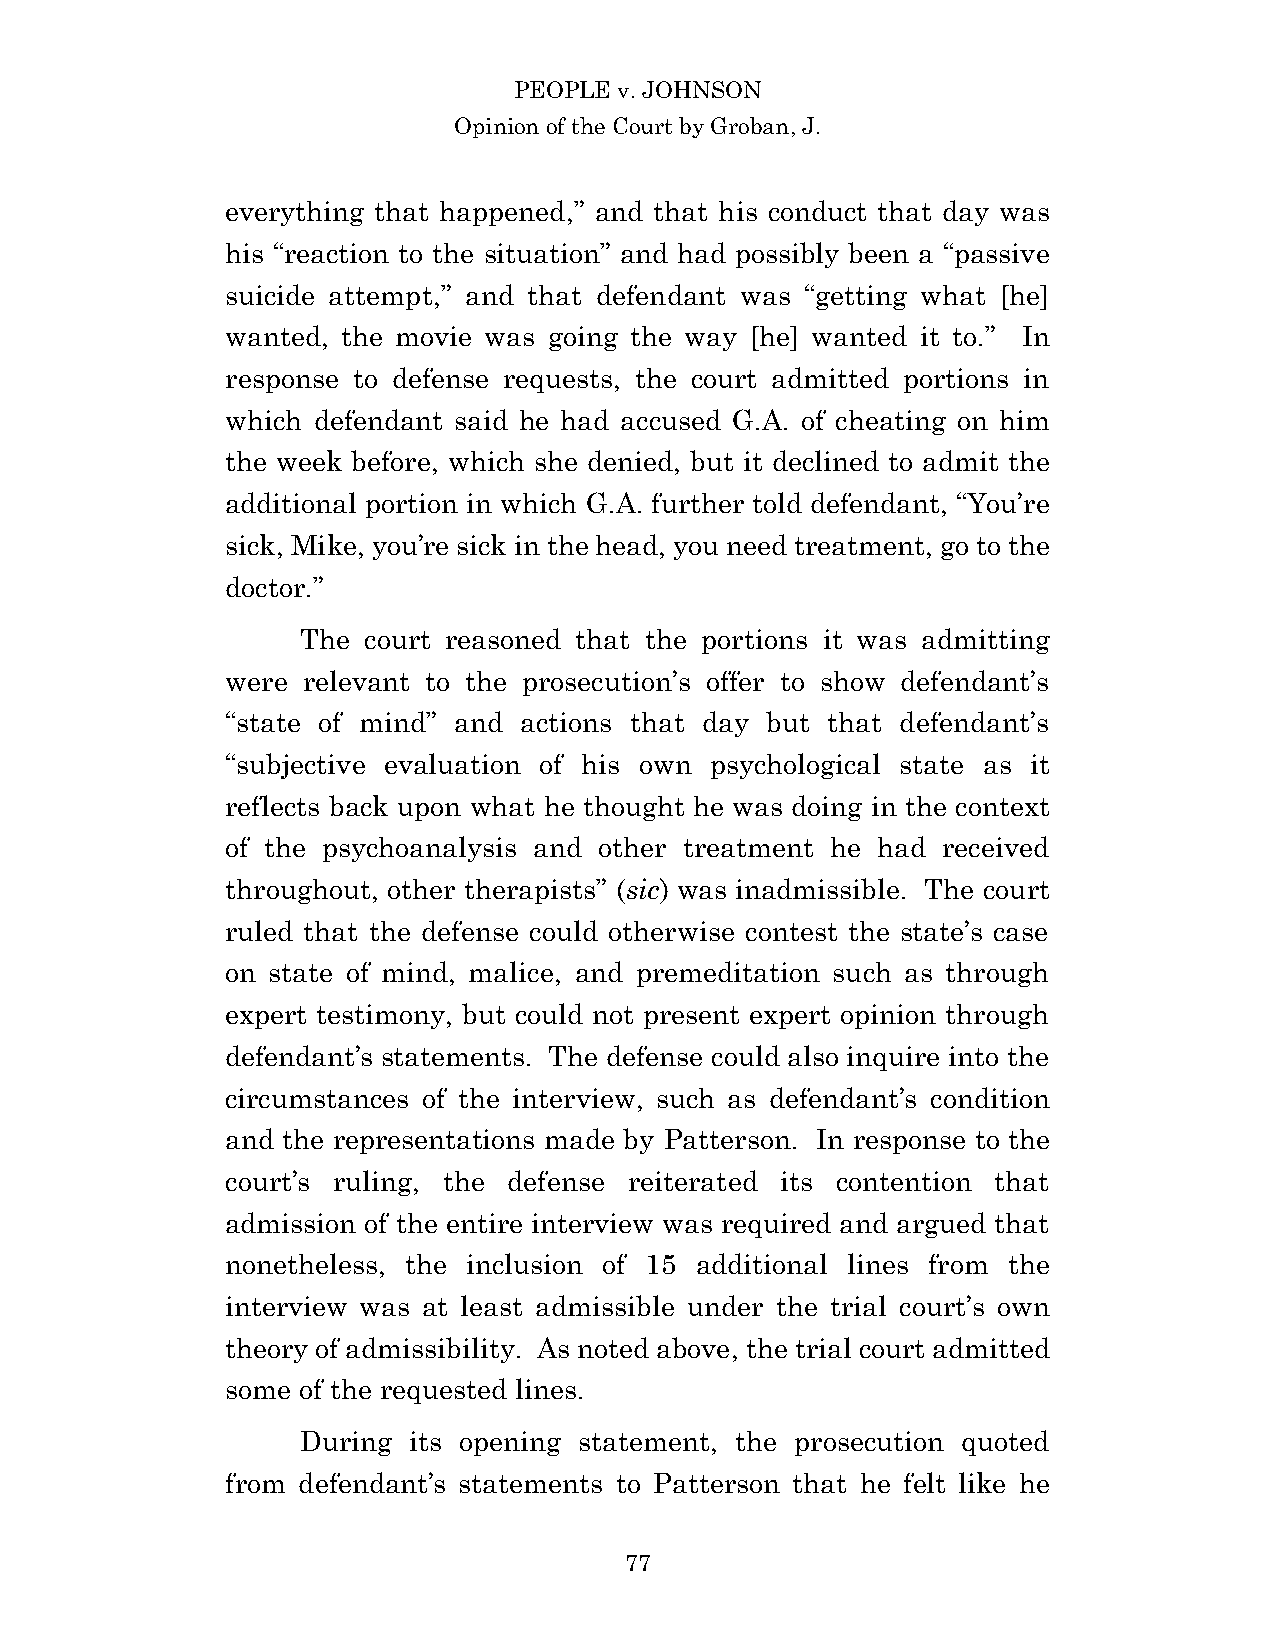
PEOPLE v. JOHNSON
 Opinion of the Court by Groban, J.
 everything that happened,” and that his conduct that day was
 his “reaction to the situation” and had possibly been a “passive
 suicide attempt,” and that defendant was “getting what [he]
 wanted, the movie was going the way [he] wanted it to.” In
 response to defense requests, the court admitted portions in
 which defendant said he had accused G.A. of cheating on him
 the week before, which she denied, but it declined to admit the
 additional portion in which G.A. further told defendant, “You’re
 sick, Mike, you’re sick in the head, you need treatment, go to the
 doctor.”
 The court reasoned that the portions it was admitting
 were relevant to the prosecution’s offer to show defendant’s
 “state of mind” and actions that day but that defendant’s
 “subjective evaluation of his own psychological state as it
 reflects back upon what he thought he was doing in the context
 of the psychoanalysis and other treatment he had received
 throughout, other therapists” (sic) was inadmissible. The court
 ruled that the defense could otherwise contest the state’s case
 on state of mind, malice, and premeditation such as through
 expert testimony, but could not present expert opinion through
 defendant’s statements. The defense could also inquire into the
 circumstances of the interview, such as defendant’s condition
 and the representations made by Patterson. In response to the
 court’s ruling, the defense reiterated its contention that
 admission of the entire interview was required and argued that
 nonetheless, the inclusion of 15 additional lines from the
 interview was at least admissible under the trial court’s own
 theory of admissibility. As noted above, the trial court admitted
 some of the requested lines.
 During its opening statement, the prosecution quoted
 from defendant’s statements to Patterson that he felt like he
 7 7